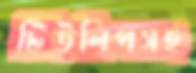
টিউলিপসহ